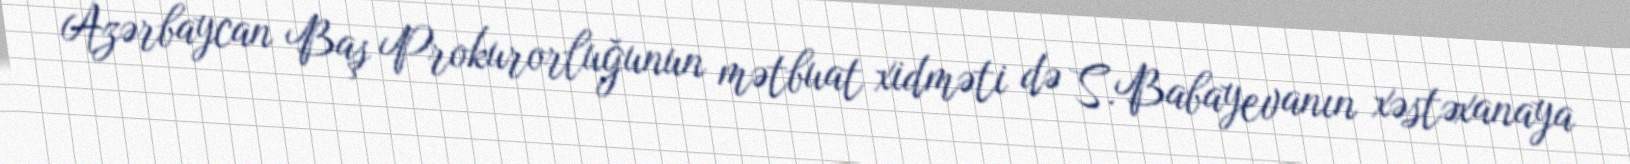
Azərbaycan Baş Prokurorluğunun mətbuat xidməti də S.Babayevanın xəstəxanaya